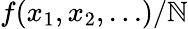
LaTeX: f(x_{1},x_{2},\ldots)/{\cal\mathbb{N}}